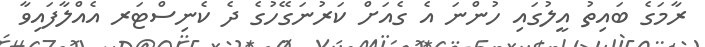
ރާމަގެ ބައިތު އީލުގައި ހުންނަ އެ ގެއަށް ކަރުނަގޭހުގެ ދެ ކެނިސްޓަރ އެއްލާފައިވާ